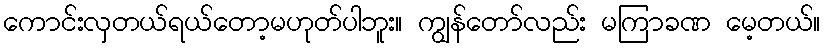
ကောင်းလှတယ်ရယ်တော့မဟုတ်ပါဘူး။ ကျွန်တော်လည်း မကြာခဏ မေ့တယ်။